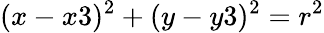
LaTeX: (x-x3)^{2}+(y-y3)^{2}=r^{2}